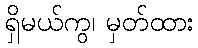
ရှိမယ်ကွ၊ မှတ်ထား